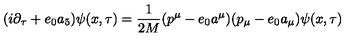
( i \partial _ { \tau } + e _ { 0 } a _ { 5 } ) \psi ( x , \tau ) = \frac { 1 } { 2 M } ( p ^ { \mu } - e _ { 0 } a ^ { \mu } ) ( p _ { \mu } - e _ { 0 } a _ { \mu } ) \psi ( x , \tau )